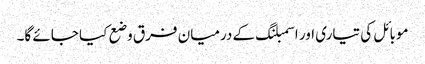
موبائل کی تیاری اور اسمبلنگ کے درمیان فرق وضع کیا جائے گا۔